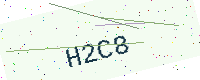
Text: H2C8